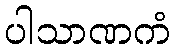
ပါသာဏကံ